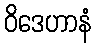
ဝိဒေဟာနံ